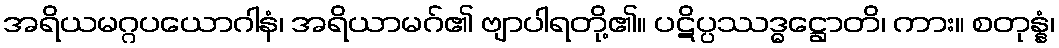
အရိယမဂ္ဂပယောဂါနံ၊ အရိယာမဂ်၏ ဗျာပါရတို့၏။ ပဋိပ္ပဿဒ္ဓဋ္ဌောတိ၊ ကား။ စတုန္နံ၊